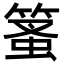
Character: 𥰱